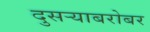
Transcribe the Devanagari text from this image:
दुसर्‍याबरोबर